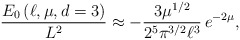
\begin{align*}\frac{E_{0}\left( \ell ,\mu ,d=3\right) }{L^{2}}\approx -\frac{3\mu ^{1/2}}{2^{5}\pi ^{3/2}\ell ^{3}}\, e^{-2\mu },\end{align*}